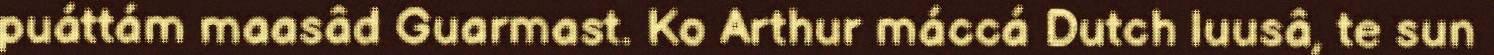
puáttám maasâd Guarmast. Ko Arthur máccá Dutch luusâ, te sun